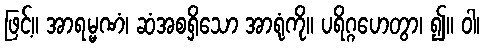
ဖြင့်။ အာရမ္မဏံ၊ ဆံအစရှိသော အာရုံကို။ ပရိဂ္ဂဟေတွာ၊ ၍။ ဝါ၊